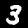
Label: 3